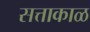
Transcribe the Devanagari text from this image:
सत्ताकाळ